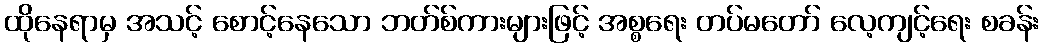
ထိုနေရာမှ အသင့် စောင့်နေသော ဘတ်စ်ကားများဖြင့် အစ္စရေး တပ်မတော် လေ့ကျင့်ရေး စခန်း